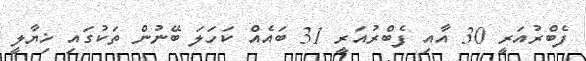
ފެބްރުއަރީ 30 އާއި ފެބްރުއަރީ 31 ބައެއް ކަހަލަ ބޭނުން ތަކުގައި ޚިޔާލީ